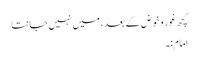
کچھ غور و خوض کے بعد ، میں نہیں جانتا
امام:۔